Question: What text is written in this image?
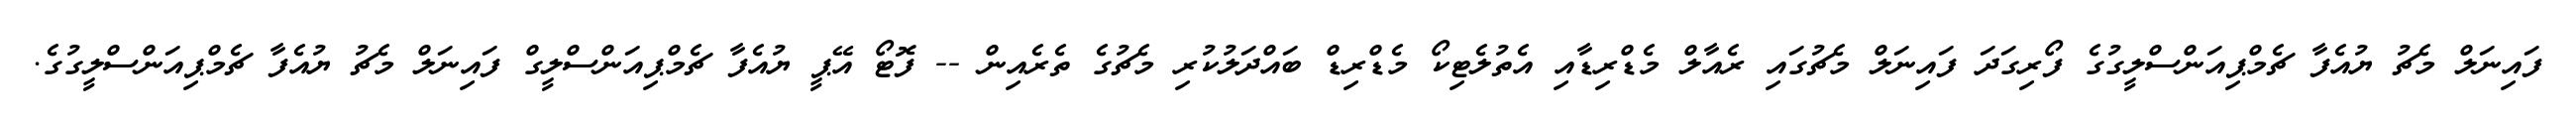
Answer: ފައިނަލް މެޗު ޔުއެފާ ޗެމްޕިއަންސްލީގުގެ ފޯރިގަދަ ފައިނަލް މެޗުގައި ރެއާލް މެޑްރިޑާއި އެތުލެޓިކޯ މެޑްރިޑް ބައްދަލުކުރި މެޗުގެ ތެރެއިން -- ފޮޓޯ އޭޕީ ޔުއެފާ ޗެމްޕިއަންސްލީގް ފައިނަލް މެޗު ޔުއެފާ ޗެމްޕިއަންސްލީގުގެ.